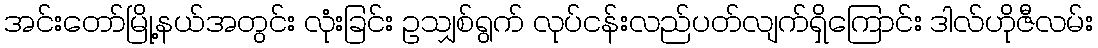
အင်းတော်မြို့နယ်အတွင်း လုံးခြင်း ဥသျှစ်ရွက် လုပ်ငန်းလည်ပတ်လျက်ရှိကြောင်း ဒါလ်ဟိုဇီလမ်း